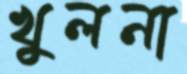
খুলনা